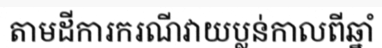
តាមដីការករណីវាយប្លន់កាលពីឆ្នាំ